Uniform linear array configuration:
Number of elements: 16
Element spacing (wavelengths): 0.25
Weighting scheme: cosine
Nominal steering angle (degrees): -30
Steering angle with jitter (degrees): -28.057
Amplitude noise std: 0.05
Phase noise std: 0.05

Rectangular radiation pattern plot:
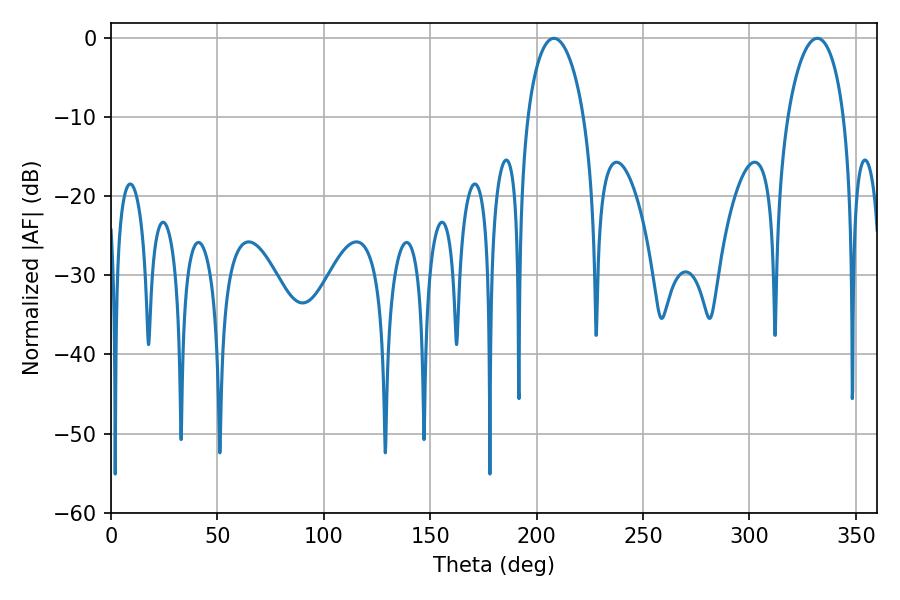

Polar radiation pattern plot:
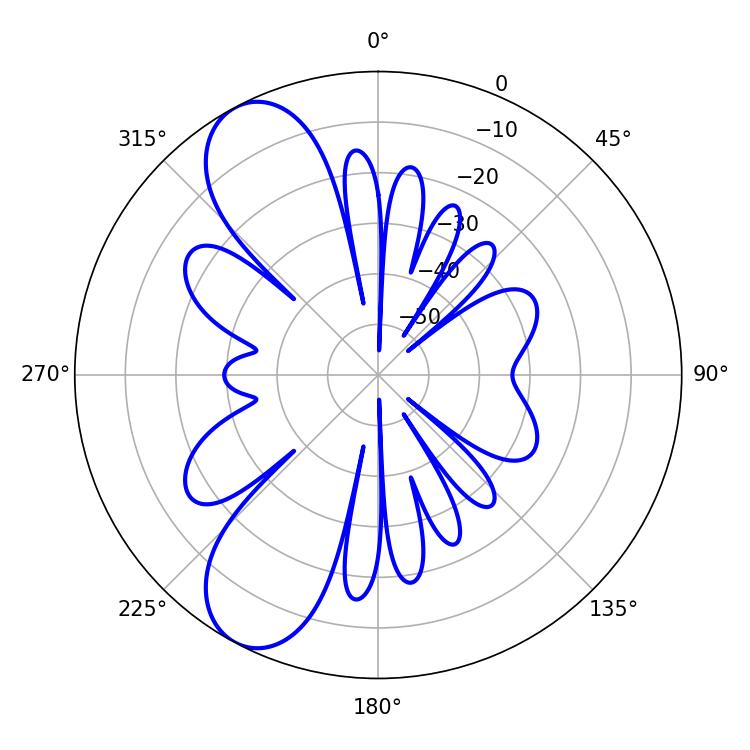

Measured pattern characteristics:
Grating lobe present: FALSE
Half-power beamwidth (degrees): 15.12
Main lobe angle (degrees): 208.08